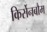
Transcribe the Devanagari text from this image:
किर्सेनबौम